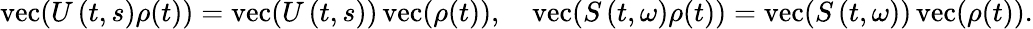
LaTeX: \operatorname{v\mathrm{e}c}(U\left(t,s\right)\rho(t))=\operatorname{v\mathrm{e}c}(U\left(t,s\right))\operatorname{v\mathrm{e}c}(\rho(t)),\quad\operatorname{v\mathrm{e}c}(S\left(t,\omega\right)\rho(t))=\operatorname{v\mathrm{e}c}(S\left(t,\omega\right))\operatorname{v\mathrm{e}c}(\rho(t)).